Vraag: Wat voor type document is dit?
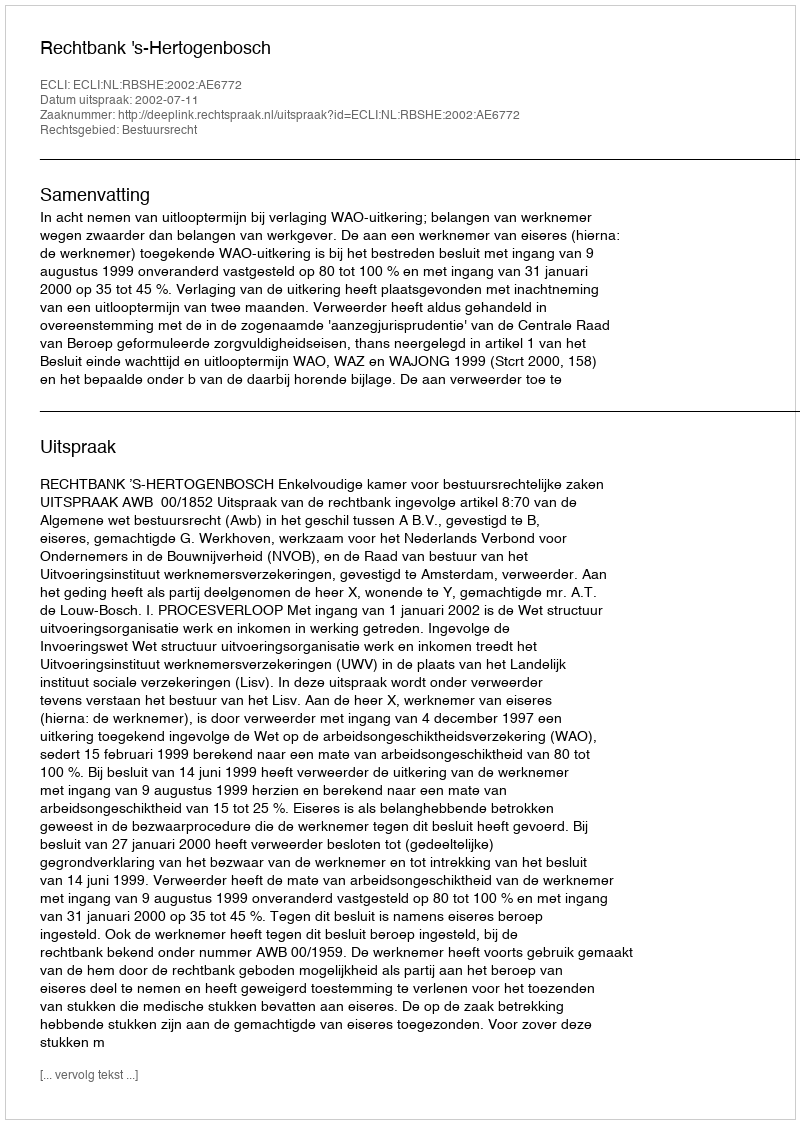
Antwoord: Uitspraak